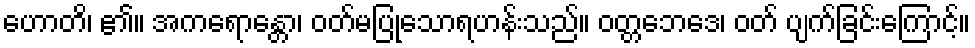
ဟောတိ၊ ၏။ အကရောန္တော၊ ဝတ်မပြုသောရဟန်းသည်။ ဝတ္တဘေဒေ၊ ဝတ် ပျက်ခြင်းကြောင့်။